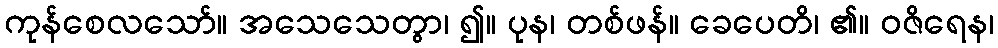
ကုန်စေလသော်။ အသေသေတွာ၊ ၍။ ပုန၊ တစ်ဖန်။ ခေပေတိ၊ ၏။ ဝဇိရေန၊